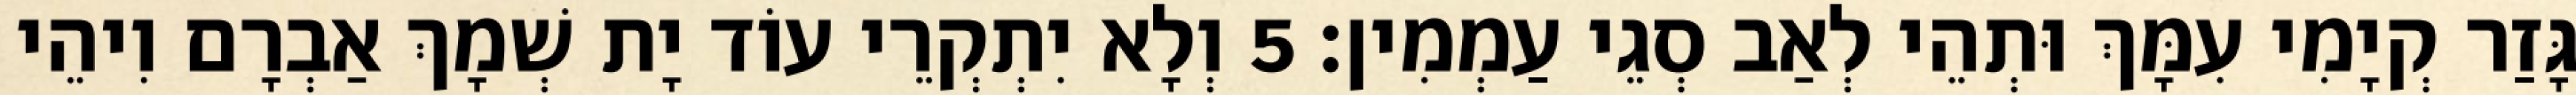
גָּזַר קְיָמִי עִמָּךְ וּתְהֵי לְאַב סְגֵי עַמְמִין׃ 5 וְלָא יִתְקְרֵי עוֹד יָת שְׁמָךְ אַבְרָם וִיהֵי